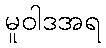
မူဝါဒအရ